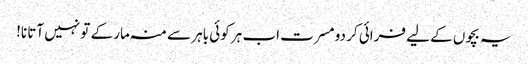
یہ بچوں کے لیے فرائی کر دو مسرت اب ہر کوئی باہر سے منہ مار کے تو نہیں آتا نا!